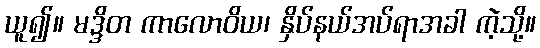
ယူ၍။ မဒ္ဒိတ ကာလောဝိယ၊ နှိပ်နယ်အပ်ရာအခါ ကဲ့သို့။